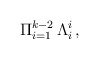
\begin{align*}\Pi_{i=1}^{k-2} \, \Lambda^i_{i} \, , \end{align*}